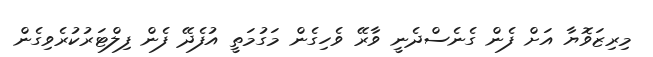
މިރިޒަވޮޔާ އަށް ފެން ގެނެސްދެނީ ވާރޭ ވެހިގެން މަގުމަތީ އުފެދޭ ފެން ފިލްޓަރުކުރެވިގެން